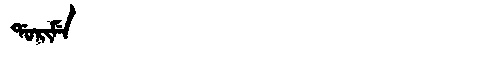
Manchu: ᡩᠣᡵᡳᠮᡝ
Romanization: DORIME